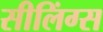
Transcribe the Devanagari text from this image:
सीलिंग्स